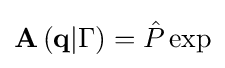
\mathbf {A} \left(\mathbf {q} |\Gamma \right)={\hat {P}}\exp